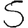
Digit: 5